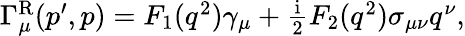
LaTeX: \begin{array}{r}{\Gamma_{\mu}^{\mathrm{R}}(p^{\prime},p)=F_{1}(q^{2})\gamma_{\mu}+\frac{\mathrm{i}}{2}F_{2}(q^{2})\sigma_{\mu\nu}q^{\nu},}\end{array}